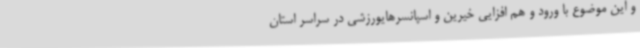
و این موضوع با ورود و هم افزایی خیرین و اسپانسرهایورزشی در سراسر استان